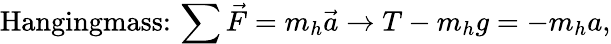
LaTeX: \textrm{Hangingmass:}\, \sum\vec{F}=m_{h}\vec{a}\rightarrow T-m_{h}g=-m_{h}a,